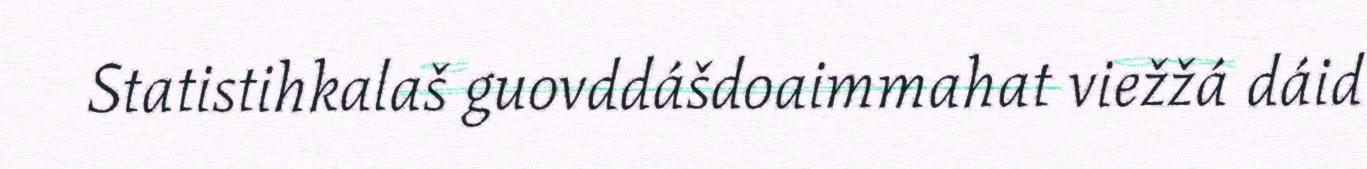
Statistihkalaš guovddášdoaimmahat viežžá dáid